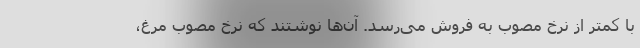
با کمتر از نرخ مصوب به فروش می‌رسد. آن‌ها نوشتند که نرخ مصوب مرغ،